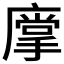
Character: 𱝋